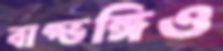
বাগ্ভঙ্গিও